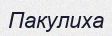
Пакулиха